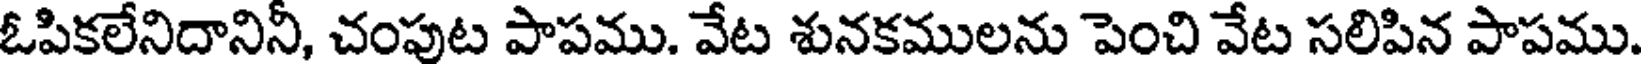
ఓపికలేనిదానినీ, చంపుట పాపము. వేట శునకములను పెంచి వేట సలిపిన పాపము.